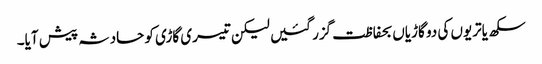
سکھ یاتریوں کی دو گاڑیاں بحفاظت گزر گئیں لیکن تیسری گاڑی کو حادثہ پیش آیا۔